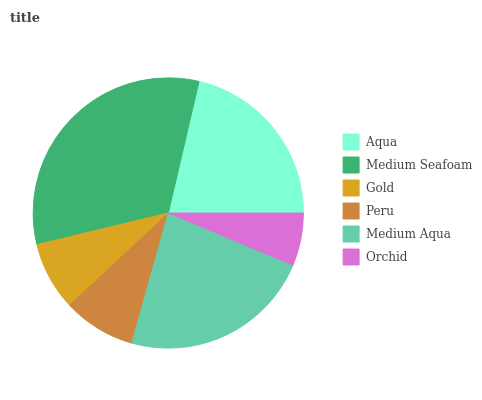
| Aqua | Medium Seafoam | Gold | Peru | Medium Aqua | Orchid |
 | --- | --- | --- | --- | --- | --- |
 | 21.3% | 32.4% | 8.19% | 8.7% | 23.1% | 6.3% |